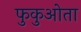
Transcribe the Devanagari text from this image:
फुकुओता